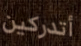
أتدركين